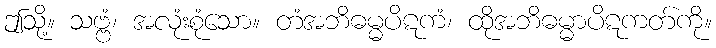
ဤသို့။ သဗ္ဗံ၊ အလုံးစုံသော။ တံအဘိဓမ္မပိဋကံ၊ ထိုအဘိဓမ္မာပိဋကတ်ကို။